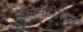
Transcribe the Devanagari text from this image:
ऐक्रोमेटोसिस